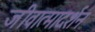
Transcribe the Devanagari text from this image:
जीवात्मादर्शन